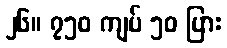
၂၆။ ၇၅၀ ကျပ် ၅၀ ပြား